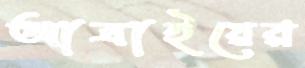
আত্রাইয়ের